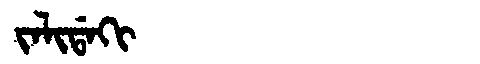
Manchu: ᠵᠠᠯᡳᡩᠠᡴᡳ
Romanization: JALIDAKI